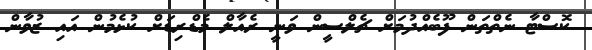
ކޮސްޓާ ނެތްތަން ފޫބެއްދުމަށް ޗެލްސީން ވަނީ ރެއާލް މެޑްރިޑަށް ކުޅެމުން އައި ޒުވާން